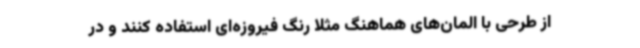
از طرحی با المان‌های هماهنگ مثلاً رنگ فیروزه‌ای استفاده کنند و در